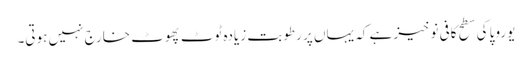
یوروپا کی سطح کافی نوخیز ہے کہ یہاں پر رطوبت زیادہ ٹوٹ پھوٹ خارج نہیں ہوتی۔